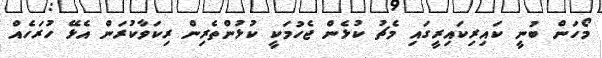
މޯހަން ބުނީ ކައިރިކައިރީގައި މެޗު ކުޅެން ޖެހުމަކީ ކުޅުންތެރިން ރިކަވާކުރަން އެޅޭ ހުރަހެއް